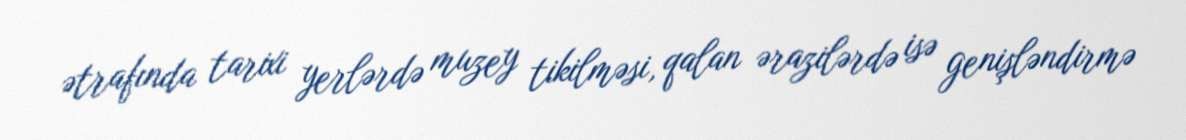
ətrafında tarixi yerlərdə muzey tikilməsi, qalan ərazilərdə isə genişləndirmə